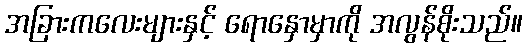
အခြားကလေးများနှင့် ရောနှောမှာကို အလွန်စိုးသည်။